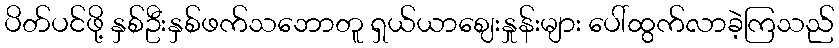
ပိတ်ပင်ဖို့ နှစ်ဦးနှစ်ဖက်သဘောတူ ရှယ်ယာဈေးနှုန်းများ ပေါ်ထွက်လာခဲ့ကြသည်